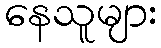
နေသူများ